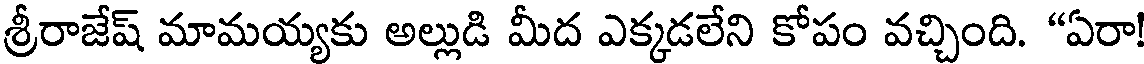
శ్రీరాజేష్ మామయ్యకు అల్లుడి మీద ఎక్కడలేని కోపం వచ్చింది. "ఏరా